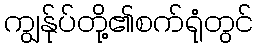
ကျွန်ုပ်တို့၏စက်ရုံတွင်